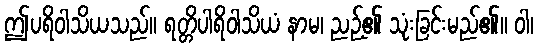
ဤပရိဝါသိယသည်။ ရတ္တိပါရိဝါသိယံ နာမ၊ ညဉ့်၏ သုံးခြင်းမည်၏။ ဝါ၊